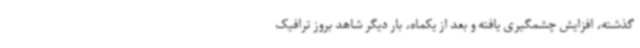
گذشته، افزایش چشمگیری یافته و بعد از یکماه، بار دیگر شاهد بروز ترافیک